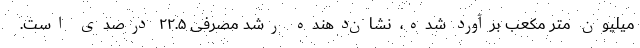
میلیون متر مکعب برآورد شده، ‌ نشان‌دهنده رشد مصرفی ۲۲.۵ درصدی است.